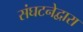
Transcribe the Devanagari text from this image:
संघटनेद्वारा